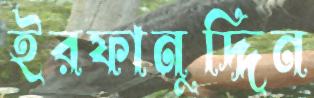
ইরফানুদ্দিন